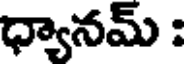
ధ్యానమ్ :